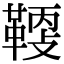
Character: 𩋸